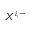
X ^ { i , - }